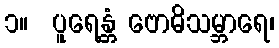
၁။  ပူရေန္တံ ဗောဓိသမ္ဘာရေ၊